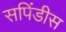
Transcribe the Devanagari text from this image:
सपिंडीस